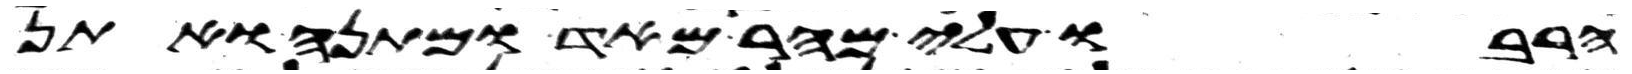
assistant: הרבו עלי מהר מאד ומתנה ואתן